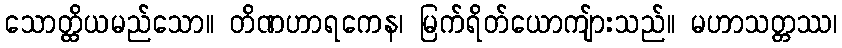
သောတ္ထိယမည်သော။ တိဏဟာရကေန၊ မြက်ရိတ်ယောကျ်ားသည်။ မဟာသတ္တဿ၊